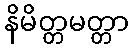
နိမိတ္တမတ္တာ